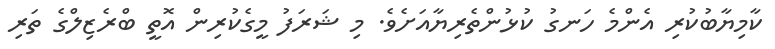
ކާމިޔާބުކުރި އެންމެ ހަނގު ކުޅުންތެރިޔާއަށެވެ. މި ޝަރަފު މީގެކުރިން އޮތީ ބްރެޒިލްގެ ތަރި